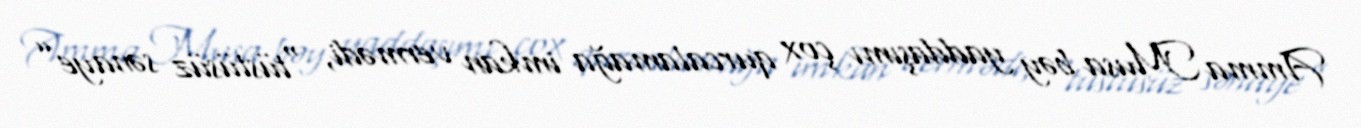
Amma Musa bəy yaddaşımı çox qurcalamağa imkan vermədi, “tüstüsüz sənaye”